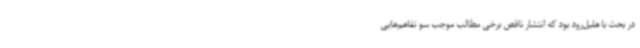
در بحث با هلیل‌رود بود که انتشار ناقص برخی مطالب موجب سو تفاهم‌هایی